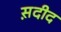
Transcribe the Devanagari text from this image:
स़दीद